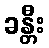
ခန္တီး